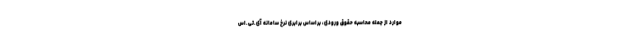
موارد از جمله محاسبه حقوق ورودی، براساس برابری نرخ سامانه آی.تی.اس